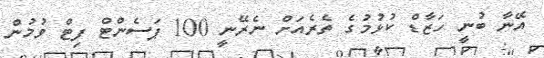
އޭނާ ބުނީ ހަޒާޑް ކުޅުމުގެ ތެރެއަށް ނެރޭނީ 100 ޕަސެންޓް ފިޓް ވުމުން